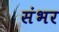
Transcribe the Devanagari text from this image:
संभर